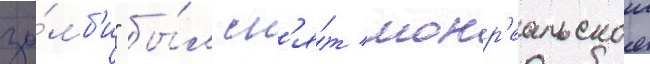
зо́мб'и" бы́л сн'я́т монр'еальскои